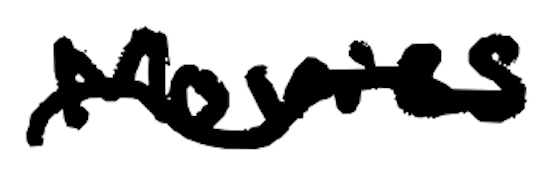
Text: Movies
Cross-out: wave
Writing tool: digital_black